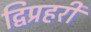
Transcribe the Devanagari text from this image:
द्विप्रहरी